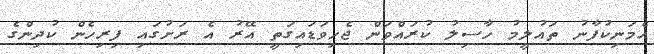
އެމަނިކުފާނު ތައުލީމު ހާސިލު ކުރައްވަން ޖެހިވަޑައިގަތީ އޭރު އެ ރަށުގައި ފިރިހެން ކުދިންގެ